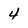
Character: 4